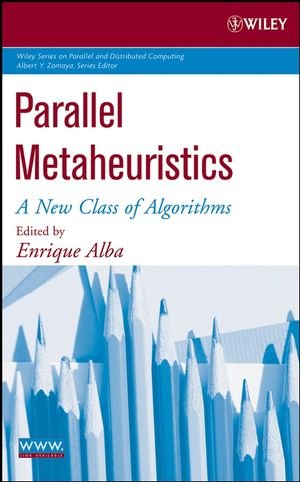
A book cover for Parallel Metaheuristics: A New Class of Algorithms; Enrique Alba; Computers & Technology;